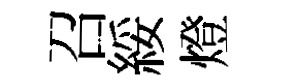
召綏燈